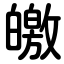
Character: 皦